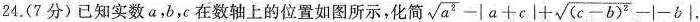
24.（7分）已知实数a，b，c在数轴上的位置如图所示，化简 $$\sqrt { a ^ { 2 } } - \left | a + c \right | + \sqrt { ( c - b ) ^ { 2 } } - \left | - b \right |$$.